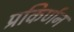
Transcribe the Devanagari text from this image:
प्रकिर्णन